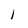
Character: I